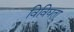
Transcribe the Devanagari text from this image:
विविघता